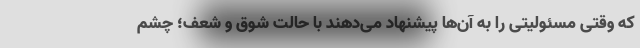
که وقتی مسئولیتی را به آن‌ها پیشنهاد می‌دهند با حالت شوق و شعف؛ چشم